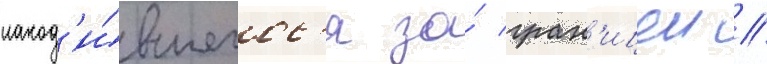
наход'и́вшегос'я за́ гран'ицеи //